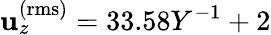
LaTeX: \mathbf{u}_{z}^{\mathrm{{(rms)}}}=33.58Y^{-1}+2